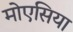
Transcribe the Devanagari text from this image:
मोएसिया